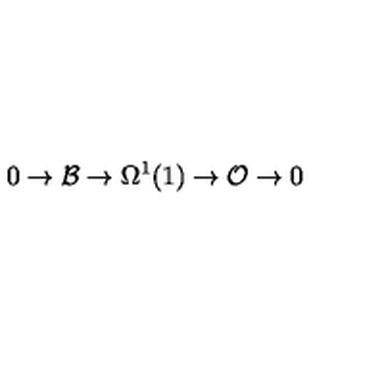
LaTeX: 0 \rightarrow { \cal B } \rightarrow \Omega ^ { 1 } ( 1 ) \rightarrow { \cal O } \rightarrow 0